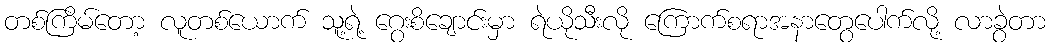
တစ်ကြိမ်တော့ လူတစ်ယောက် သူ့ရဲ့ ဂွေးစိချောင်းမှာ ရဲယိုသီးလို ကြောက်စရာအနာတွေပေါက်လို့ လာခွဲတာ